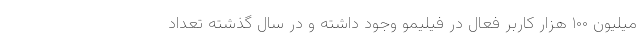
میلیون ۱۰۰ هزار کاربر فعال در فیلیمو وجود داشته و در سال گذشته تعداد